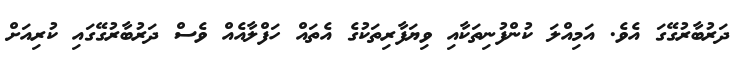
ދަރުބާރުގޭގަ އެވެ. އަމިއްލަ ކުންފުނިތަކާއި ވިޔަފާރިތަކުގެ އެތައް ހަފްލާއެއް ވެސް ދަރުބާރުގޭގައި ކުރިއަށް